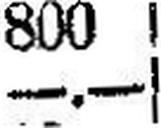
—.—